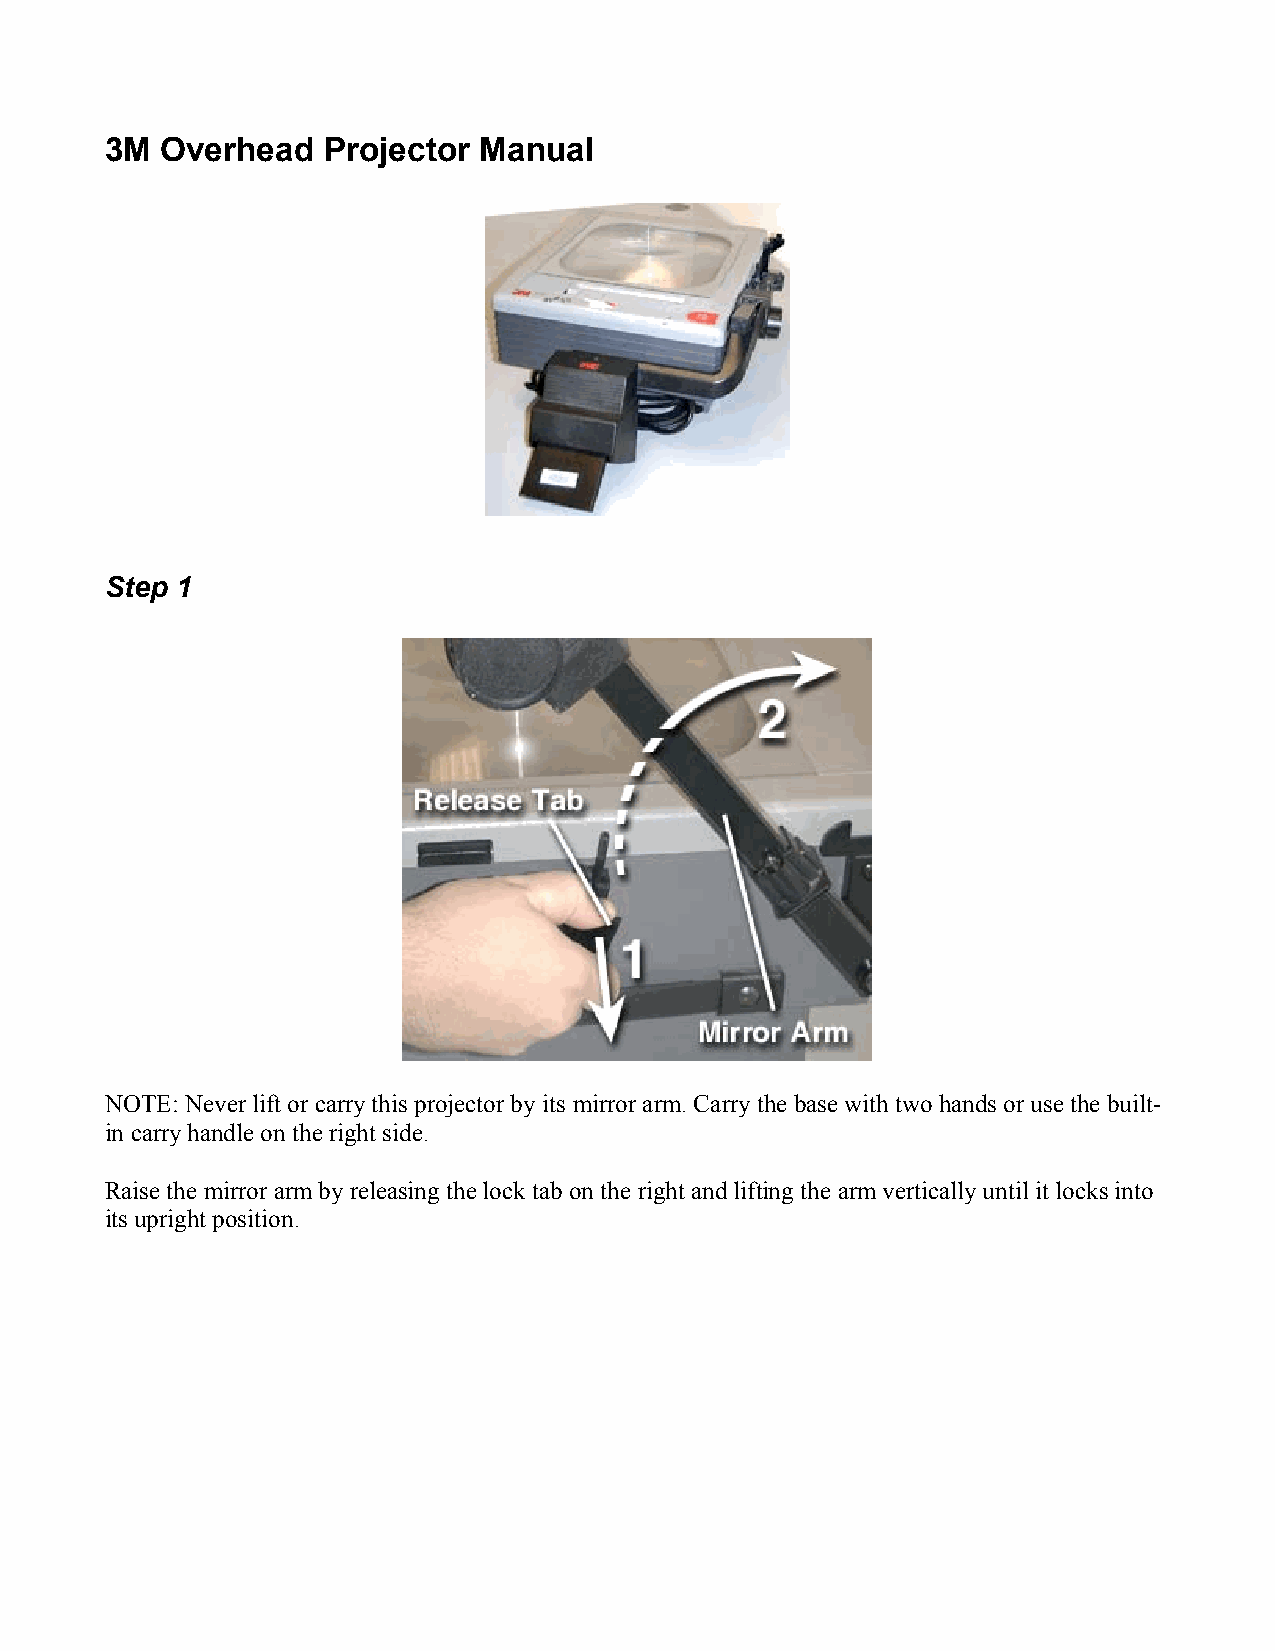
3M  Overhead  Projector  Manual
 Step 1
 NOTE: Never lift or carry this projector by its mirror arm. Carry the base with two hands or use the built-
 in carry handle on the right side.
 Raise the mirror arm by releasing the lock tab on the right and lifting the arm vertically until it locks into
 its upright position.